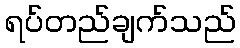
ရပ်တည်ချက်သည်